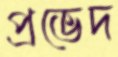
প্রভেদ